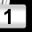
Digit: 1